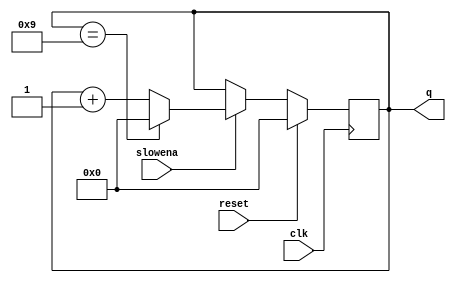
module top_module (
    input clk,
    input slowena,
    input reset,
    output [3:0] q);

    always @ (posedge clk)
    begin
        if (reset) begin
            q <= 4'b0000;
        end else if (slowena) begin
            q <= (q == 4'd9) ? 0 : q + 1'b1;
        end else begin
            q <= q;
        end
    end
    
endmodule